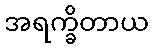
အရက္ခိတာယ